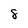
Character: s